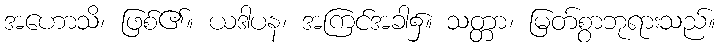
အဟောသိ၊ ဖြစ်၏။ ယဒါပန၊ အကြင်အခါ၌။ သတ္တာ၊ မြတ်စွာဘုရားသည်။